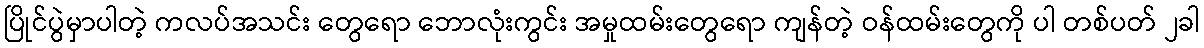
ပြိုင်ပွဲမှာပါတဲ့ ကလပ်အသင်း တွေရော ဘောလုံးကွင်း အမှုထမ်းတွေရော ကျန်တဲ့ ဝန်ထမ်းတွေကို ပါ တစ်ပတ် ၂ခါ